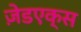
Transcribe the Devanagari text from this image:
ज़ेडएक्स